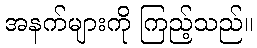
အနက်များကို ကြည့်သည်။